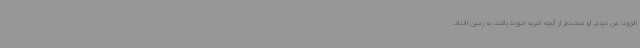
افزود: من دیدم. او سخت‌تر از آنچه ضربه خورده باشد، به زمین افتاد.